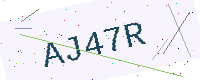
Text: AJ47R